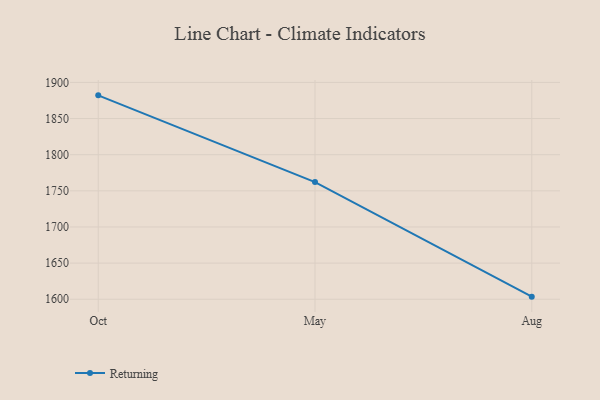
{"axis": {"x": "Month", "y": "Page Views"}, "legend": ["Returning"], "data": [{"x": "Oct", "y": 1882.1, "type": "Returning"}, {"x": "May", "y": 1762.1, "type": "Returning"}, {"x": "Aug", "y": 1603.6, "type": "Returning"}]}